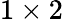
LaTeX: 1\times 2~